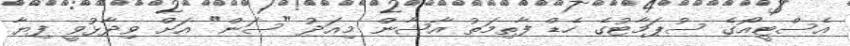
އެސްޓީއޯގެ ސުޕަމާޓުގެ ހެޑް ފާތިމަތު އާޝާން މިއަދު "ސަން" އަށް ވިދާޅުވީ ފިޔާ